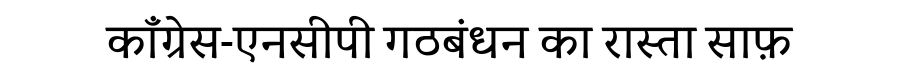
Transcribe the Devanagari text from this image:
कॉंग्रेस-एनसीपी गठबंधन का रास्ता साफ़